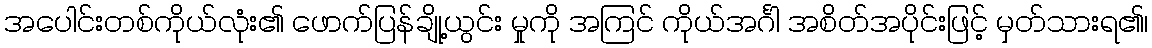
အပေါင်းတစ်ကိုယ်လုံး၏ ဖောက်ပြန်ချို့ယွင်း မှုကို အကြင် ကိုယ်အင်္ဂါ အစိတ်အပိုင်းဖြင့် မှတ်သားရ၏၊